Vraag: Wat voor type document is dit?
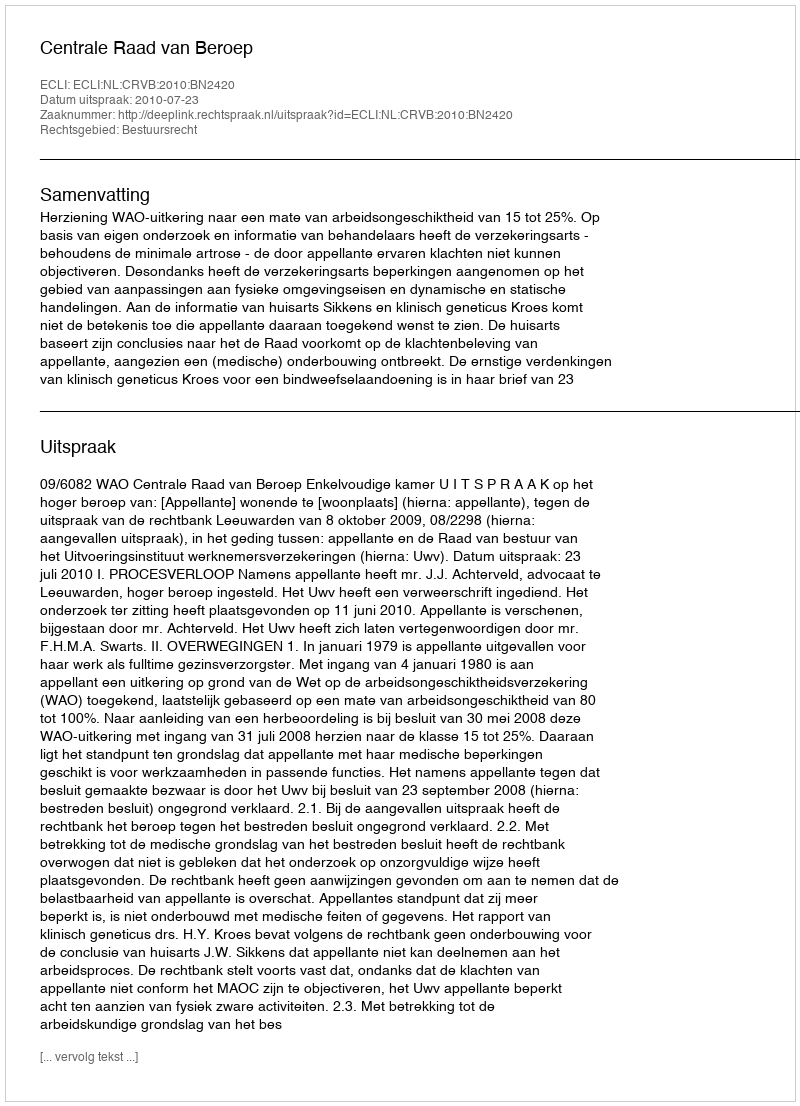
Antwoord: Uitspraak